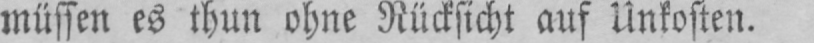
müssen es thun ohne Rücksicht auf Unkosten.